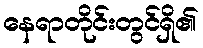
နေရာတိုင်းတွင်ရှိ၏